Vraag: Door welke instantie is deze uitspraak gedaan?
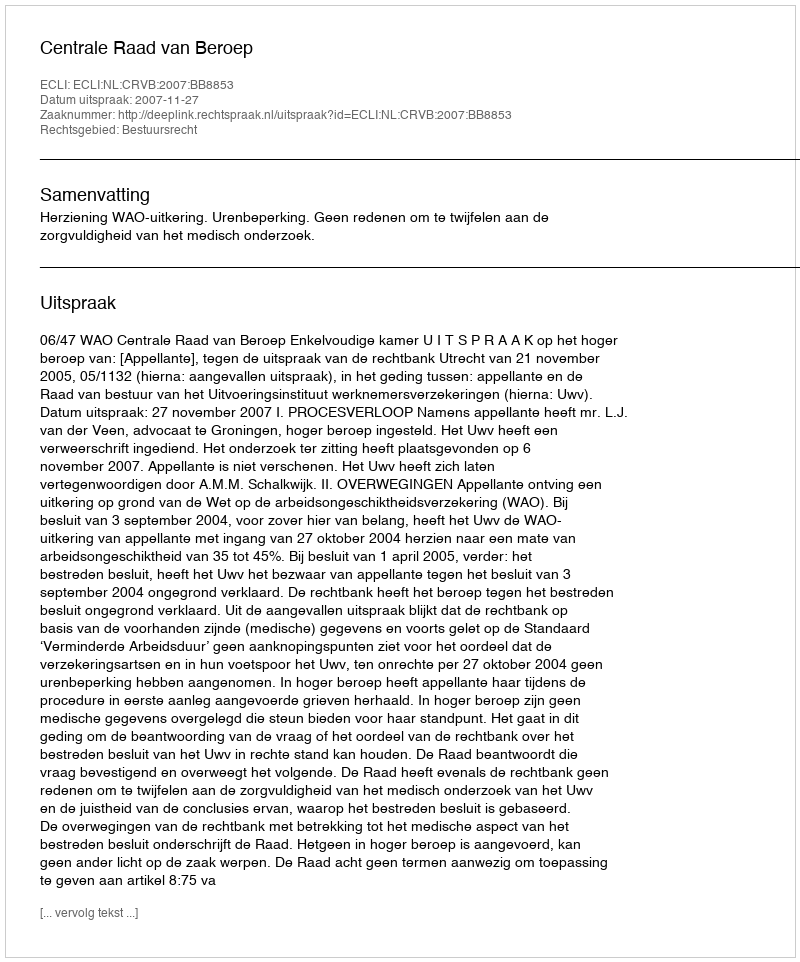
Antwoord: Centrale Raad van Beroep